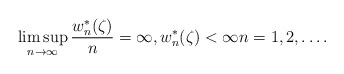
\begin{align*}\limsup_{n\to\infty} \frac{w_{n}^{\ast}(\zeta)}{n}=\infty,w_{n}^{\ast}(\zeta)<\infty n=1,2,\ldots.\end{align*}